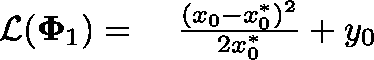
\begin{array} { r l } { \mathcal { L } ( \mathbf { \Phi } _ { 1 } ) = } & { { } ~ \frac { ( x _ { 0 } - x _ { 0 } ^ { * } ) ^ { 2 } } { 2 x _ { 0 } ^ { * } } + y _ { 0 } } \end{array}